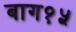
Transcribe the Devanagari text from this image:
बाग१५